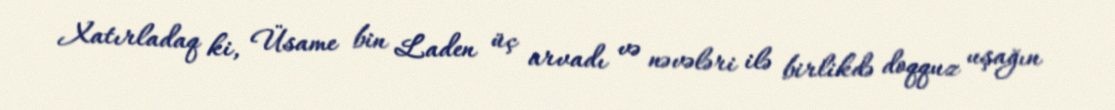
Xatırladaq ki, Üsame bin Laden üç arvadı və nəvələri ilə birlikdə doqquz uşağın